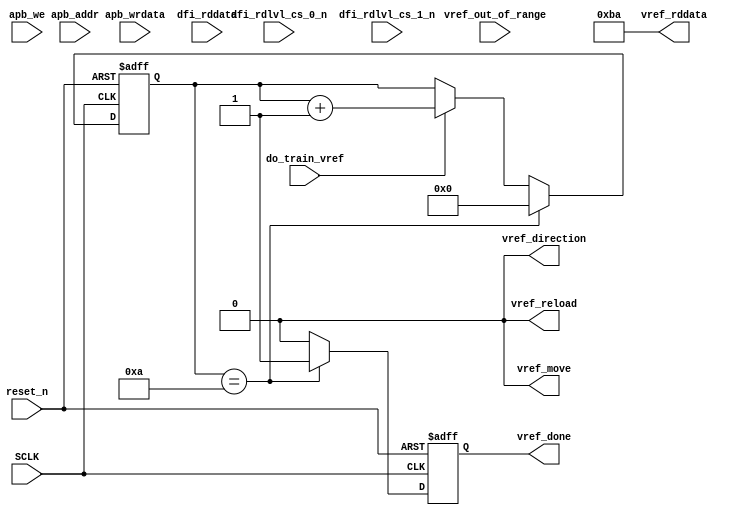

/// Header_Start --->>>



/// Header_End <<<---


/// I/O_Start --->>>

// Perform Vref training

module VREF_TR( SCLK,
                reset_n,
                vref_done,
                vref_direction,
                vref_move,
                vref_out_of_range,
                vref_reload,
                apb_addr,
                apb_we,
                apb_wrdata,
                vref_rddata,
                dfi_rddata,
                dfi_rdlvl_cs_0_n,
                dfi_rdlvl_cs_1_n,
                do_train_vref );

parameter IOG_DQS_LANES = 9;

input          SCLK;
input          reset_n;

// Port: CONFIG

output         vref_done;

// Port: SYSTEM

output         vref_direction;
output         vref_move;
input          vref_out_of_range;
output         vref_reload;

// Port: APB

input [15:0]   apb_addr;       // Internal APB address
input          apb_we;
input [7:0]    apb_wrdata;
output [7:0]   vref_rddata;    // Vref read data from the read level block to the APB interface

// Port: NWL_IOG

input [(IOG_DQS_LANES*64)-1:0]  dfi_rddata;     // Read data bus. This bus transfers read data from the PHY to the
                               // MC.

// Port: Port_1

input          dfi_rdlvl_cs_0_n; // Read data data path chip select
input          dfi_rdlvl_cs_1_n; // Read data data path chip select
input         do_train_vref;


/// I/O_End <<<---


/// I/O_End <<<---

// Poll for do_train_vref - delay - spit out dfi_training_complete and vref_done

// Gian simple response and readdata
reg vref_done;
reg [3:0] count;

always @(posedge SCLK or negedge reset_n) begin
	if(reset_n == 0) begin
			count <= 0;
			vref_done <= 0;
	end else begin
		if(count == 10) begin
			vref_done <= 1'b1;
			count <= 0;
		end else begin
			vref_done <= 0;
			if(do_train_vref) begin
				count <= count + 1;
			end
		end
	end
end
	

assign vref_direction = 0;
assign vref_move = 0;
assign vref_reload = 0;
assign vref_rddata = 'hba;


/// Components_End <<<---


endmodule